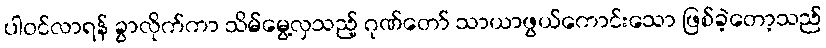
ပါဝင်လာရန် ခွာလိုက်ကာ သိမ်မွေ့လှသည့် ဂုဏ်တော် သာယာဖွယ်ကောင်းသော ဖြစ်ခဲ့တော့သည်